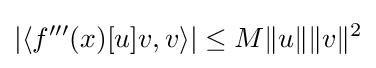
|\langle f'''(x)[u]v,v\rangle |\leq M\|u\|\|v\|^{2}